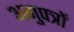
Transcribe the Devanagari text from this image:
अनुपत्रों